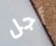
أجل